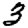
Digit: 3